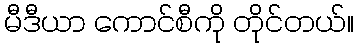
မီဒီယာ ကောင်စီကို တိုင်တယ်။